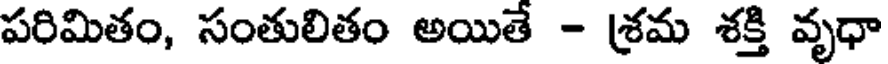
పరిమితం, సంతులితం అయితే - శ్రమ శక్తి వృధా